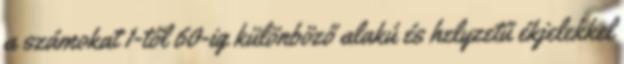
a számokat 1-től 60-ig különböző alakú és helyzetű ékjelekkel